画像に写った文字を読んでください
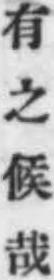
「有之候哉」と書いてあります